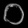
Digit: ၀